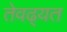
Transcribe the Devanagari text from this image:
तेवढ्यत